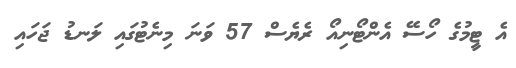
އެ ޓީމުގެ ހޯސޭ އެންޓޯނިއޯ ރެޔެސް 57 ވަނަ މިނެޓުގައި ލަނޑު ޖަހައި